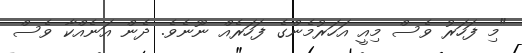
"މި ފަހަރު ވެސް މިއީ އަހަރުމެންގެ ފަހަރެއް ނޫނެވެ. ދެން އަނެއްކާ ވެސް